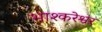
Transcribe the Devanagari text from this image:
भाश्करेश्वर